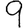
Digit: 9